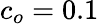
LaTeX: c_{o}=0.1